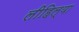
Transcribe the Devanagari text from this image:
लीहिल्या